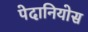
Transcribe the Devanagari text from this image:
पेदानियोस